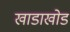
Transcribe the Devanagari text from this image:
खाडाखोड